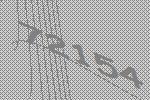
72154